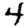
Digit: 4